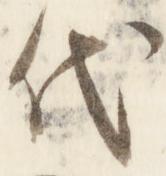
代